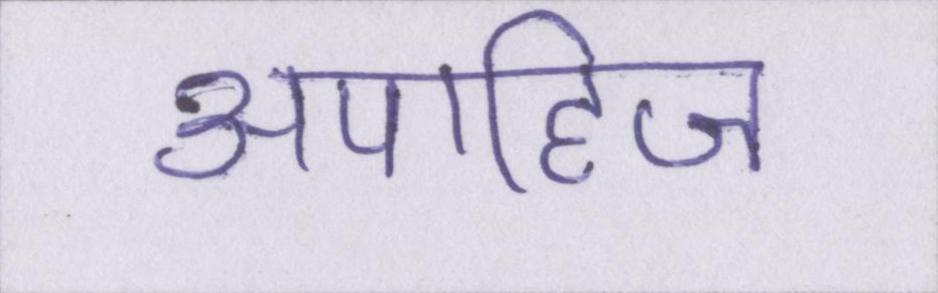
अपाहिज